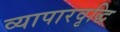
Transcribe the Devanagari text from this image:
व्यापारवृद्धि